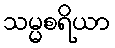
သမ္မစရိယာ